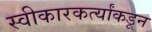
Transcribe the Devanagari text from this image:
स्वीकारकर्त्यांकडून